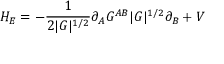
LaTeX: H _ { E } = - \frac { 1 } { 2 | G | ^ { 1 / 2 } } \partial _ { A } G ^ { A B } | G | ^ { 1 / 2 } \partial _ { B } + V